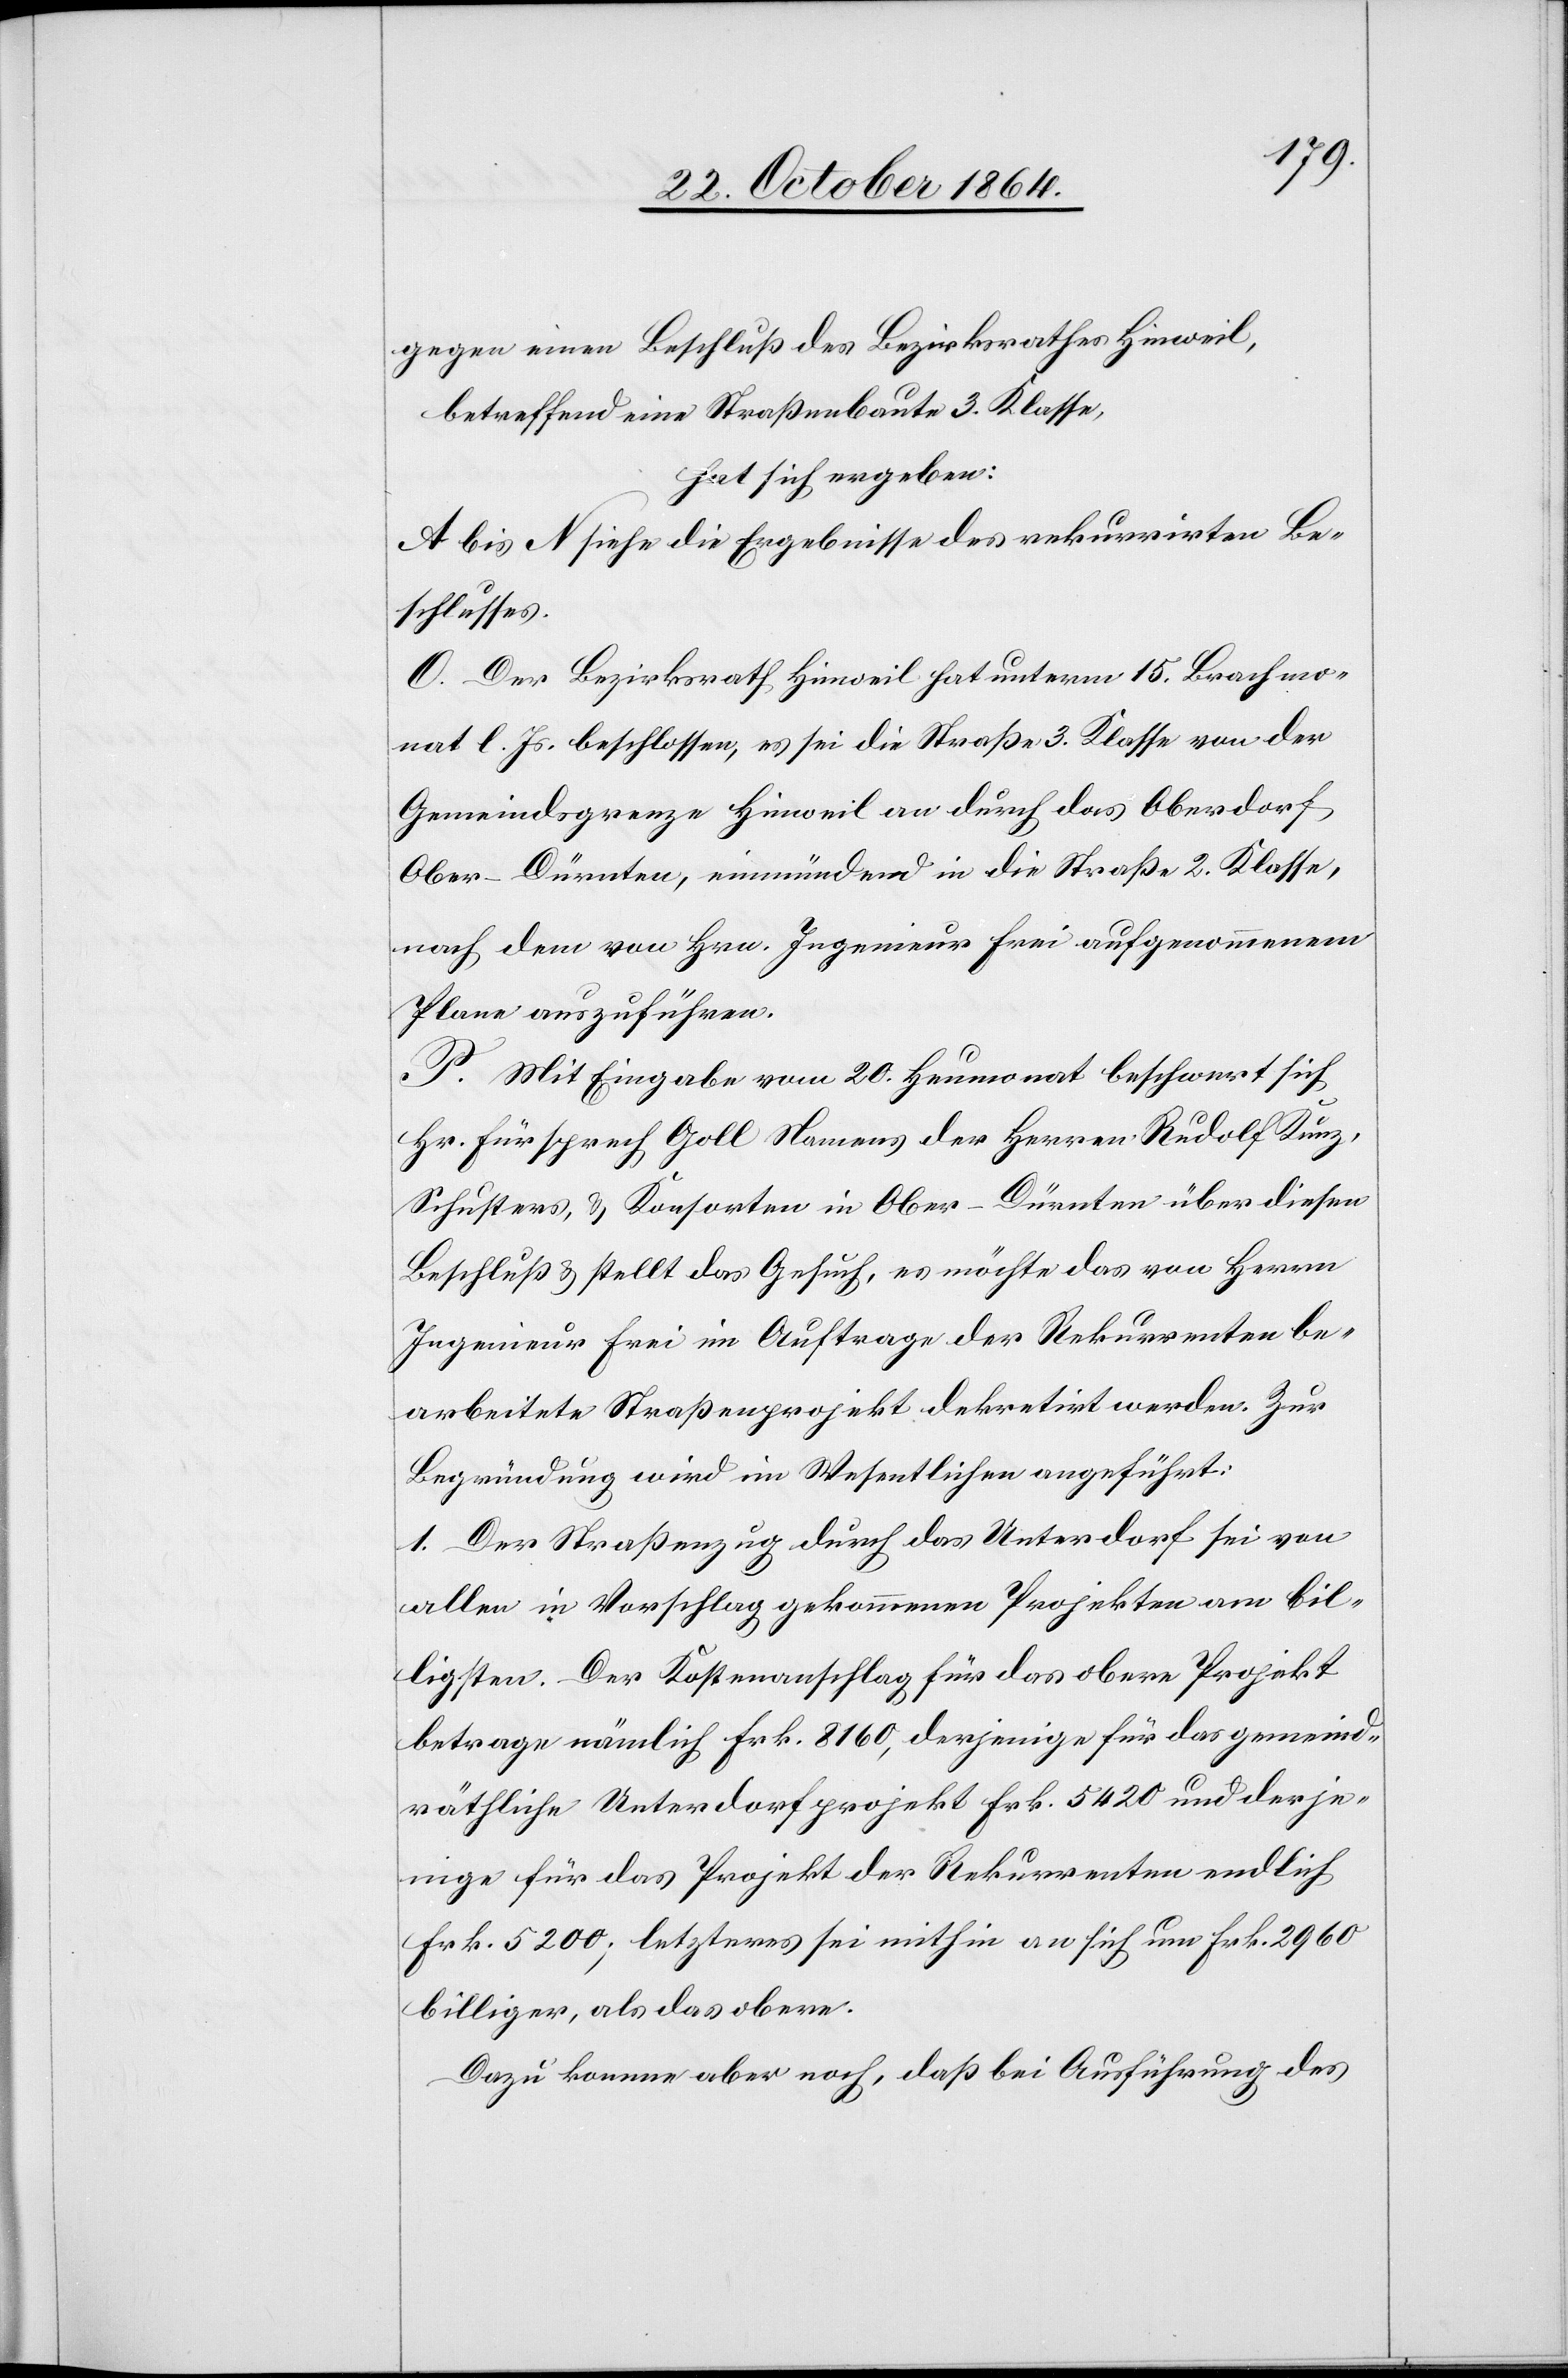
gegen einen Beschluß des Bezirksrathes Hinweil,
hat sich ergeben:
A. bis N. siehe die Ergebnisse des rekurrirten Be¬
schlusses.
O. Der Bezirksrath Hinweil hat unterm 15. Brachmo¬
nat l. Js. beschlossen, es sei die Straße 3. Klasse von der
Gemeindsgrenze Hinweil an durch das Oberdorf
Ober-Dürnten, einmündend in die Straße 2. Klasse,
nach dem von Hrn. Ingenieur Frei aufgenommenen
Plane auszuführen.
P. Mit Eingabe vom 20. Heumonat beschwert sich
Hr. Fürsprech Goll Namens der Herren Rudolf Kunz,
Schuster & Konsorten in Ober-Dürnten über diesen
Beschluß & stellt das Gesuch, es möchte das von Herrn
Ingenieur Frei im Auftrage der Rekurrenten be¬
arbeitete Straßenprojekt dekretirt werden. Zur
Begründung wird im Wesentlichen angeführt:
1. Der Straßenzug durch das Unterdorf sei von
allen in Vorschlag gekommenen Projekten am bil¬
ligsten. Der Kostenanschlag für das obere Projekt
betrage nämlich Frk. 8160, derjenige für das gemeind¬
räthliche Unterdorfprojekt Frk. 5420 und derje¬
nige für das Projekt der Rekurrenten endlich
Frk. 5200; letzteres sei mithin an sich um Frk. 2960
billiger, als das obere.
Dazu komme aber noch, daß bei Ausführung des